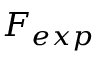
F _ { e x p }